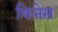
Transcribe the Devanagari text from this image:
किनेस